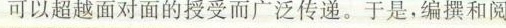
可以超越面对面的授受而广泛传递。于是，编撰和阅